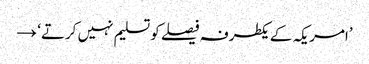
’امریکہ کے یکطرفہ فیصلے کو تسلیم نہیں کرتے‘ →